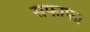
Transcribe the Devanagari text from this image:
सफाफा